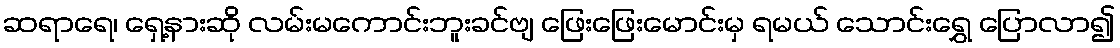
ဆရာရေ၊ ရှေ့နားဆို လမ်းမကောင်းဘူးခင်ဗျ ဖြေးဖြေးမောင်းမှ ရမယ် သောင်းရွှေ ပြောလာ၍